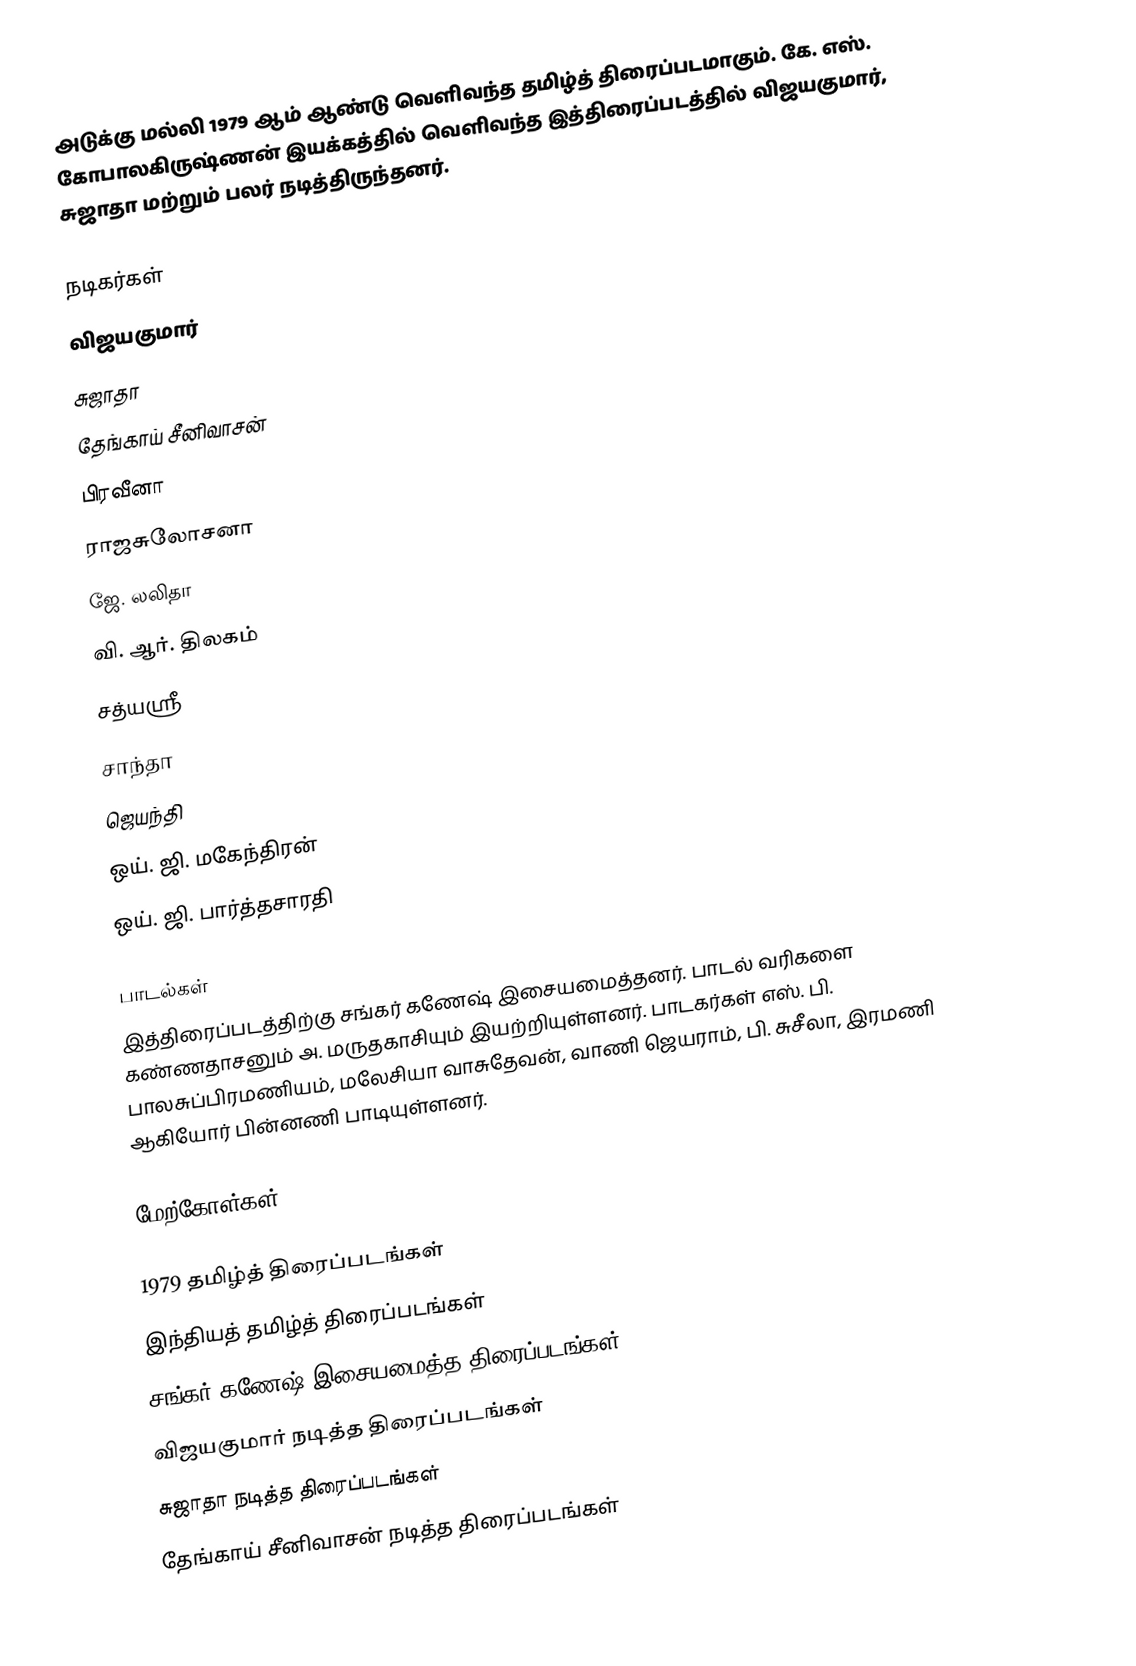
அடுக்கு மல்லி 1979 ஆம் ஆண்டு வெளிவந்த தமிழ்த் திரைப்படமாகும். கே. எஸ். கோபாலகிருஷ்ணன் இயக்கத்தில் வெளிவந்த இத்திரைப்படத்தில் விஜயகுமார், சுஜாதா மற்றும் பலர் நடித்திருந்தனர்.

நடிகர்கள்
 விஜயகுமார்
 சுஜாதா
 தேங்காய் சீனிவாசன்
 பிரவீனா
 ராஜசுலோசனா
 ஜே. லலிதா
 வி. ஆர். திலகம்
 சத்யஸ்ரீ
 சாந்தா
 ஜெயந்தி
 ஒய். ஜி. மகேந்திரன்
 ஒய். ஜி. பார்த்தசாரதி

பாடல்கள்
இத்திரைப்படத்திற்கு சங்கர் கணேஷ் இசையமைத்தனர். பாடல் வரிகளை கண்ணதாசனும் அ. மருதகாசியும் இயற்றியுள்ளனர். பாடகர்கள் எஸ். பி. பாலசுப்பிரமணியம், மலேசியா வாசுதேவன், வாணி ஜெயராம், பி. சுசீலா, இரமணி ஆகியோர் பின்னணி பாடியுள்ளனர்.

மேற்கோள்கள்

1979 தமிழ்த் திரைப்படங்கள்
இந்தியத் தமிழ்த் திரைப்படங்கள்
சங்கர் கணேஷ் இசையமைத்த திரைப்படங்கள்
விஜயகுமார் நடித்த திரைப்படங்கள்
சுஜாதா நடித்த திரைப்படங்கள்
தேங்காய் சீனிவாசன் நடித்த திரைப்படங்கள்